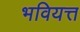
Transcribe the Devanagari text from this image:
भवियत्त